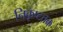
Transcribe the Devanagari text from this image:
निकृष्टतक